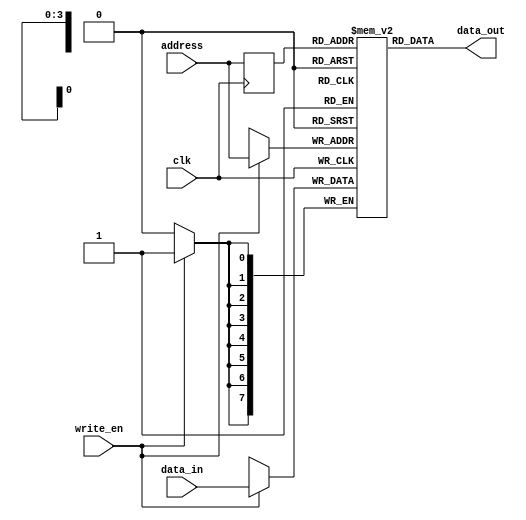

// Single port RAM with synchronous read
// The size of the RAM is 16 x 8bit words
module ram_sp_sync_read(
    input clk,
	input [7:0] data_in,  // 8bit intput word
	input [3:0] address,  // for 16 locations
	input write_en,       // active high
	output [7:0] data_out // 8bit output word
    );
	
	// Declare a bidimensional array for the RAM
	reg [7:0] ram [0:15];
	reg [3:0] addr_buff;
	
	// RAMs don't have reset 
	// The default value from each location is X
	// The write is synchronous
	always @(posedge clk) begin
	    if (write_en) begin
		    ram[address] <= data_in;
	    end
		addr_buff <= address;
	end

    // The read is synchronous as the address 
	// was buffered on the clk using addr_buff
	assign data_out = ram[addr_buff];

endmodule